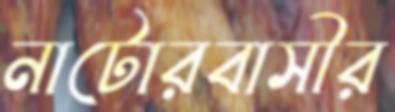
নাটোরবাসীর